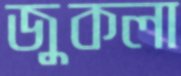
জুকলা